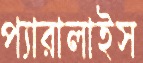
প্যারালাইস